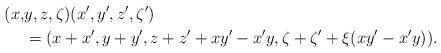
LaTeX: \begin{align*}(x,&y,z,\zeta)(x',y',z',\zeta') \\&=(x+x',y+y',z+z'+xy'-x'y,\zeta+\zeta'+\xi(xy'-x'y)).\end{align*}